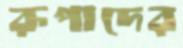
রূপাদের